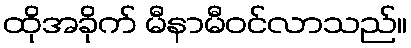
ထိုအခိုက် မီနာမီဝင်လာသည်။